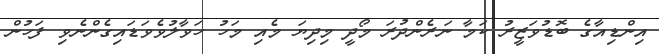
އިންޑިއާގެ ބޮޑުވަޒީރު ކަމާ ނަރެންދުރަ މޯދީ މިދިޔަ މެއި މަހު ހަވާލުވެވަޑައިގެންނެވި ފަހުން